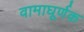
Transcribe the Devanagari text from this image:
वामाघूर्णक